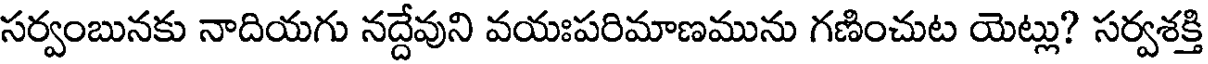
సర్వంబునకు నాదియగు నద్దేవుని వయఃపరిమాణమును గణించుట యెట్లు? సర్వశక్తి